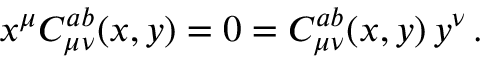
x ^ { \mu } C _ { \mu \nu } ^ { a b } ( x , y ) = 0 = C _ { \mu \nu } ^ { a b } ( x , y ) \, y ^ { \nu } \, .